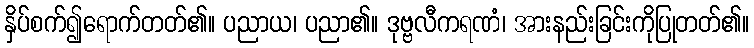
နှိပ်စက်၍ရောက်တတ်၏။ ပညာယ၊ ပညာ၏။ ဒုဗ္ဗလီကရဏံ၊ အားနည်းခြင်းကိုပြုတတ်၏။